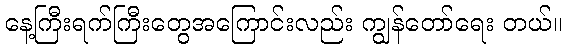
နေ့ကြီးရက်ကြီးတွေအကြောင်းလည်း ကျွန်တော်ရေး တယ်။